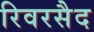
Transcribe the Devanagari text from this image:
रिवरसैद